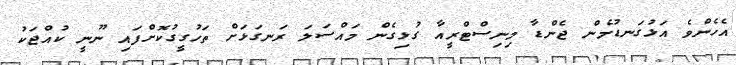
އެހެންވެ އަޅުގަނޑުމެން ޖެންޑާ މިނިސްޓްރީއާ ގުޅިގެން މައްސަލަ ރަނގަޅަށް ތަހުގީގުކޮށްފައި ނޫނީ ކުއްޖަކު